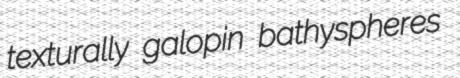
texturally galopin bathyspheres